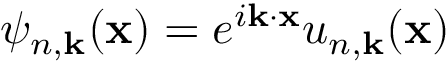
\psi _ { n , \mathbf { k } } ( \mathbf { x } ) = e ^ { i \mathbf { k } \cdot \mathbf { x } } u _ { n , \mathbf { k } } ( \mathbf { x } )